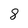
Character: 8